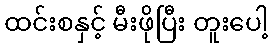
ထင်းစနှင့် မီးဖိုပြီး တူးပေါ့